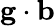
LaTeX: \mathbf{g}\cdot\mathbf{b}